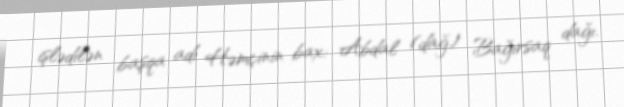
işlədilən başqa adı Həmçinin bax: Abdal (dağ) Bağırsaq dağı.